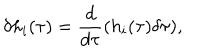
LaTeX: \delta h _ { i } ( \tau ) = \frac { d } { d \tau } ( h _ { i } ( \tau ) \delta \tau ) ,